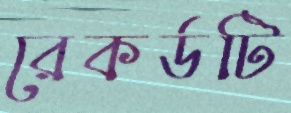
রেকর্ডটি